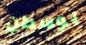
بوسطن